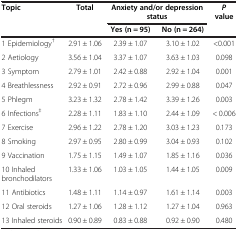
<table><thead><tr><td rowspan="2"><b>Topic</b></td><td rowspan="2"><b>Total</b></td><td colspan="2"><b>Anxiety and/or depression status</b></td><td rowspan="2"><b><i>P </i>value</b></td></tr><tr><td><b>Yes (n = 95)</b></td><td><b>No (n = 264)</b></td></tr></thead><tbody><tr><td>1 Epidemiology<sup>†</sup></td><td>2.91 ± 1.06</td><td>2.39 ± 1.07</td><td>3.10 ± 1.02</td><td>&lt;0.001</td></tr><tr><td>2 Aetiology</td><td>3.56 ± 1.04</td><td>3.37 ± 1.07</td><td>3.63 ± 1.03</td><td>0.098</td></tr><tr><td>3 Symptom</td><td>2.79 ± 1.01</td><td>2.42 ± 0.88</td><td>2.92 ± 1.04</td><td>0.001</td></tr><tr><td>4 Breathlessness</td><td>2.92 ± 0.91</td><td>2.72 ± 0.96</td><td>2.99 ± 0.88</td><td>0.047</td></tr><tr><td>5 Phlegm</td><td>3.23 ± 1.32</td><td>2.78 ± 1.42</td><td>3.39 ± 1.26</td><td>0.003</td></tr><tr><td>6 Infections<sup>‡</sup></td><td>2.28 ± 1.11</td><td>1.83 ± 1.10</td><td>2.44 ± 1.09</td><td>&lt; 0.006</td></tr><tr><td>7 Exercise</td><td>2.96 ± 1.22</td><td>2.78 ± 1.20</td><td>3.03 ± 1.23</td><td>0.173</td></tr><tr><td>8 Smoking</td><td>2.97 ± 0.95</td><td>2.80 ± 0.99</td><td>3.04 ± 0.93</td><td>0.102</td></tr><tr><td>9 Vaccination</td><td>1.75 ± 1.15</td><td>1.49 ± 1.07</td><td>1.85 ± 1.16</td><td>0.036</td></tr><tr><td>10 Inhaled bronchodilators</td><td>1.33 ± 1.06</td><td>1.03 ± 1.05</td><td>1.44 ± 1.05</td><td>0.009</td></tr><tr><td>11 Antibiotics</td><td>1.48 ± 1.11</td><td>1.14 ± 0.97</td><td>1.61 ± 1.14</td><td>0.003</td></tr><tr><td>12 Oral steroids</td><td>1.27 ± 1.06</td><td>1.28 ± 1.12</td><td>1.27 ± 1.04</td><td>0.963</td></tr><tr><td>13 Inhaled steroids</td><td>0.90 ± 0.89</td><td>0.83 ± 0.88</td><td>0.92 ± 0.90</td><td>0.480</td></tr></tbody></table>